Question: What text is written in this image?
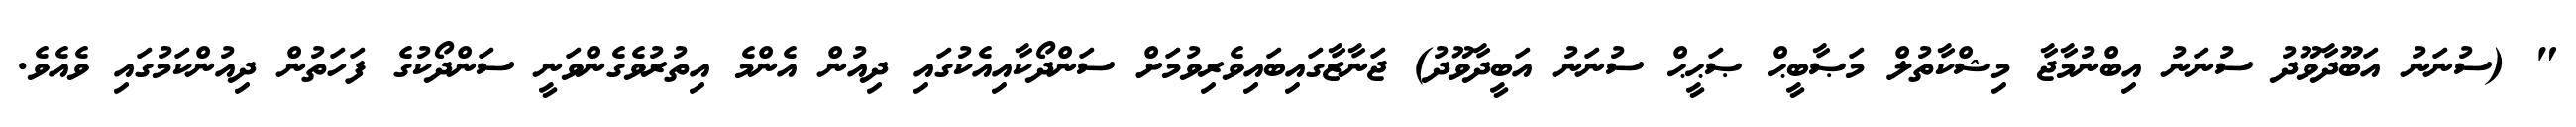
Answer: " (ސުނަނު އަބޫދާވޫދު ސުނަނު އިބްނުމާޖާ މިޝްކާތުލް މަޞާބީޙް ޞަޙީޙް ސުނަނު އަބީދާވޫދު) ޖަނާޒާގައިބައިވެރިވުމަށް ސަންދޯކާއިއެކުގައި ދިއުން އެންމެ އިތުރުވެގެންވަނީ ސަންދޯކުގެ ފަހަތުން ދިއުންކަމުގައި ވެއެވެ.